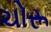
ચોરૂ